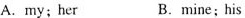
A.my;her B.mine;his